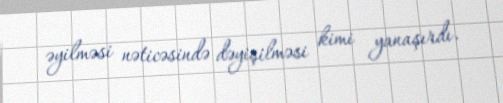
əyilməsi nəticəsində dəyişilməsi kimi yanaşırdı.